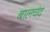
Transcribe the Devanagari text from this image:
बालचंद